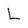
Character: L